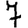
Digit: 7